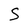
Character: S